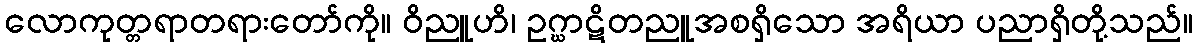
လောကုတ္တရာတရားတော်ကို။ ဝိညူဟိ၊ ဥဂ္ဃာဋိတညူအစရှိသော အရိယာ ပညာရှိတို့သည်။